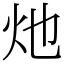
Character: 灺